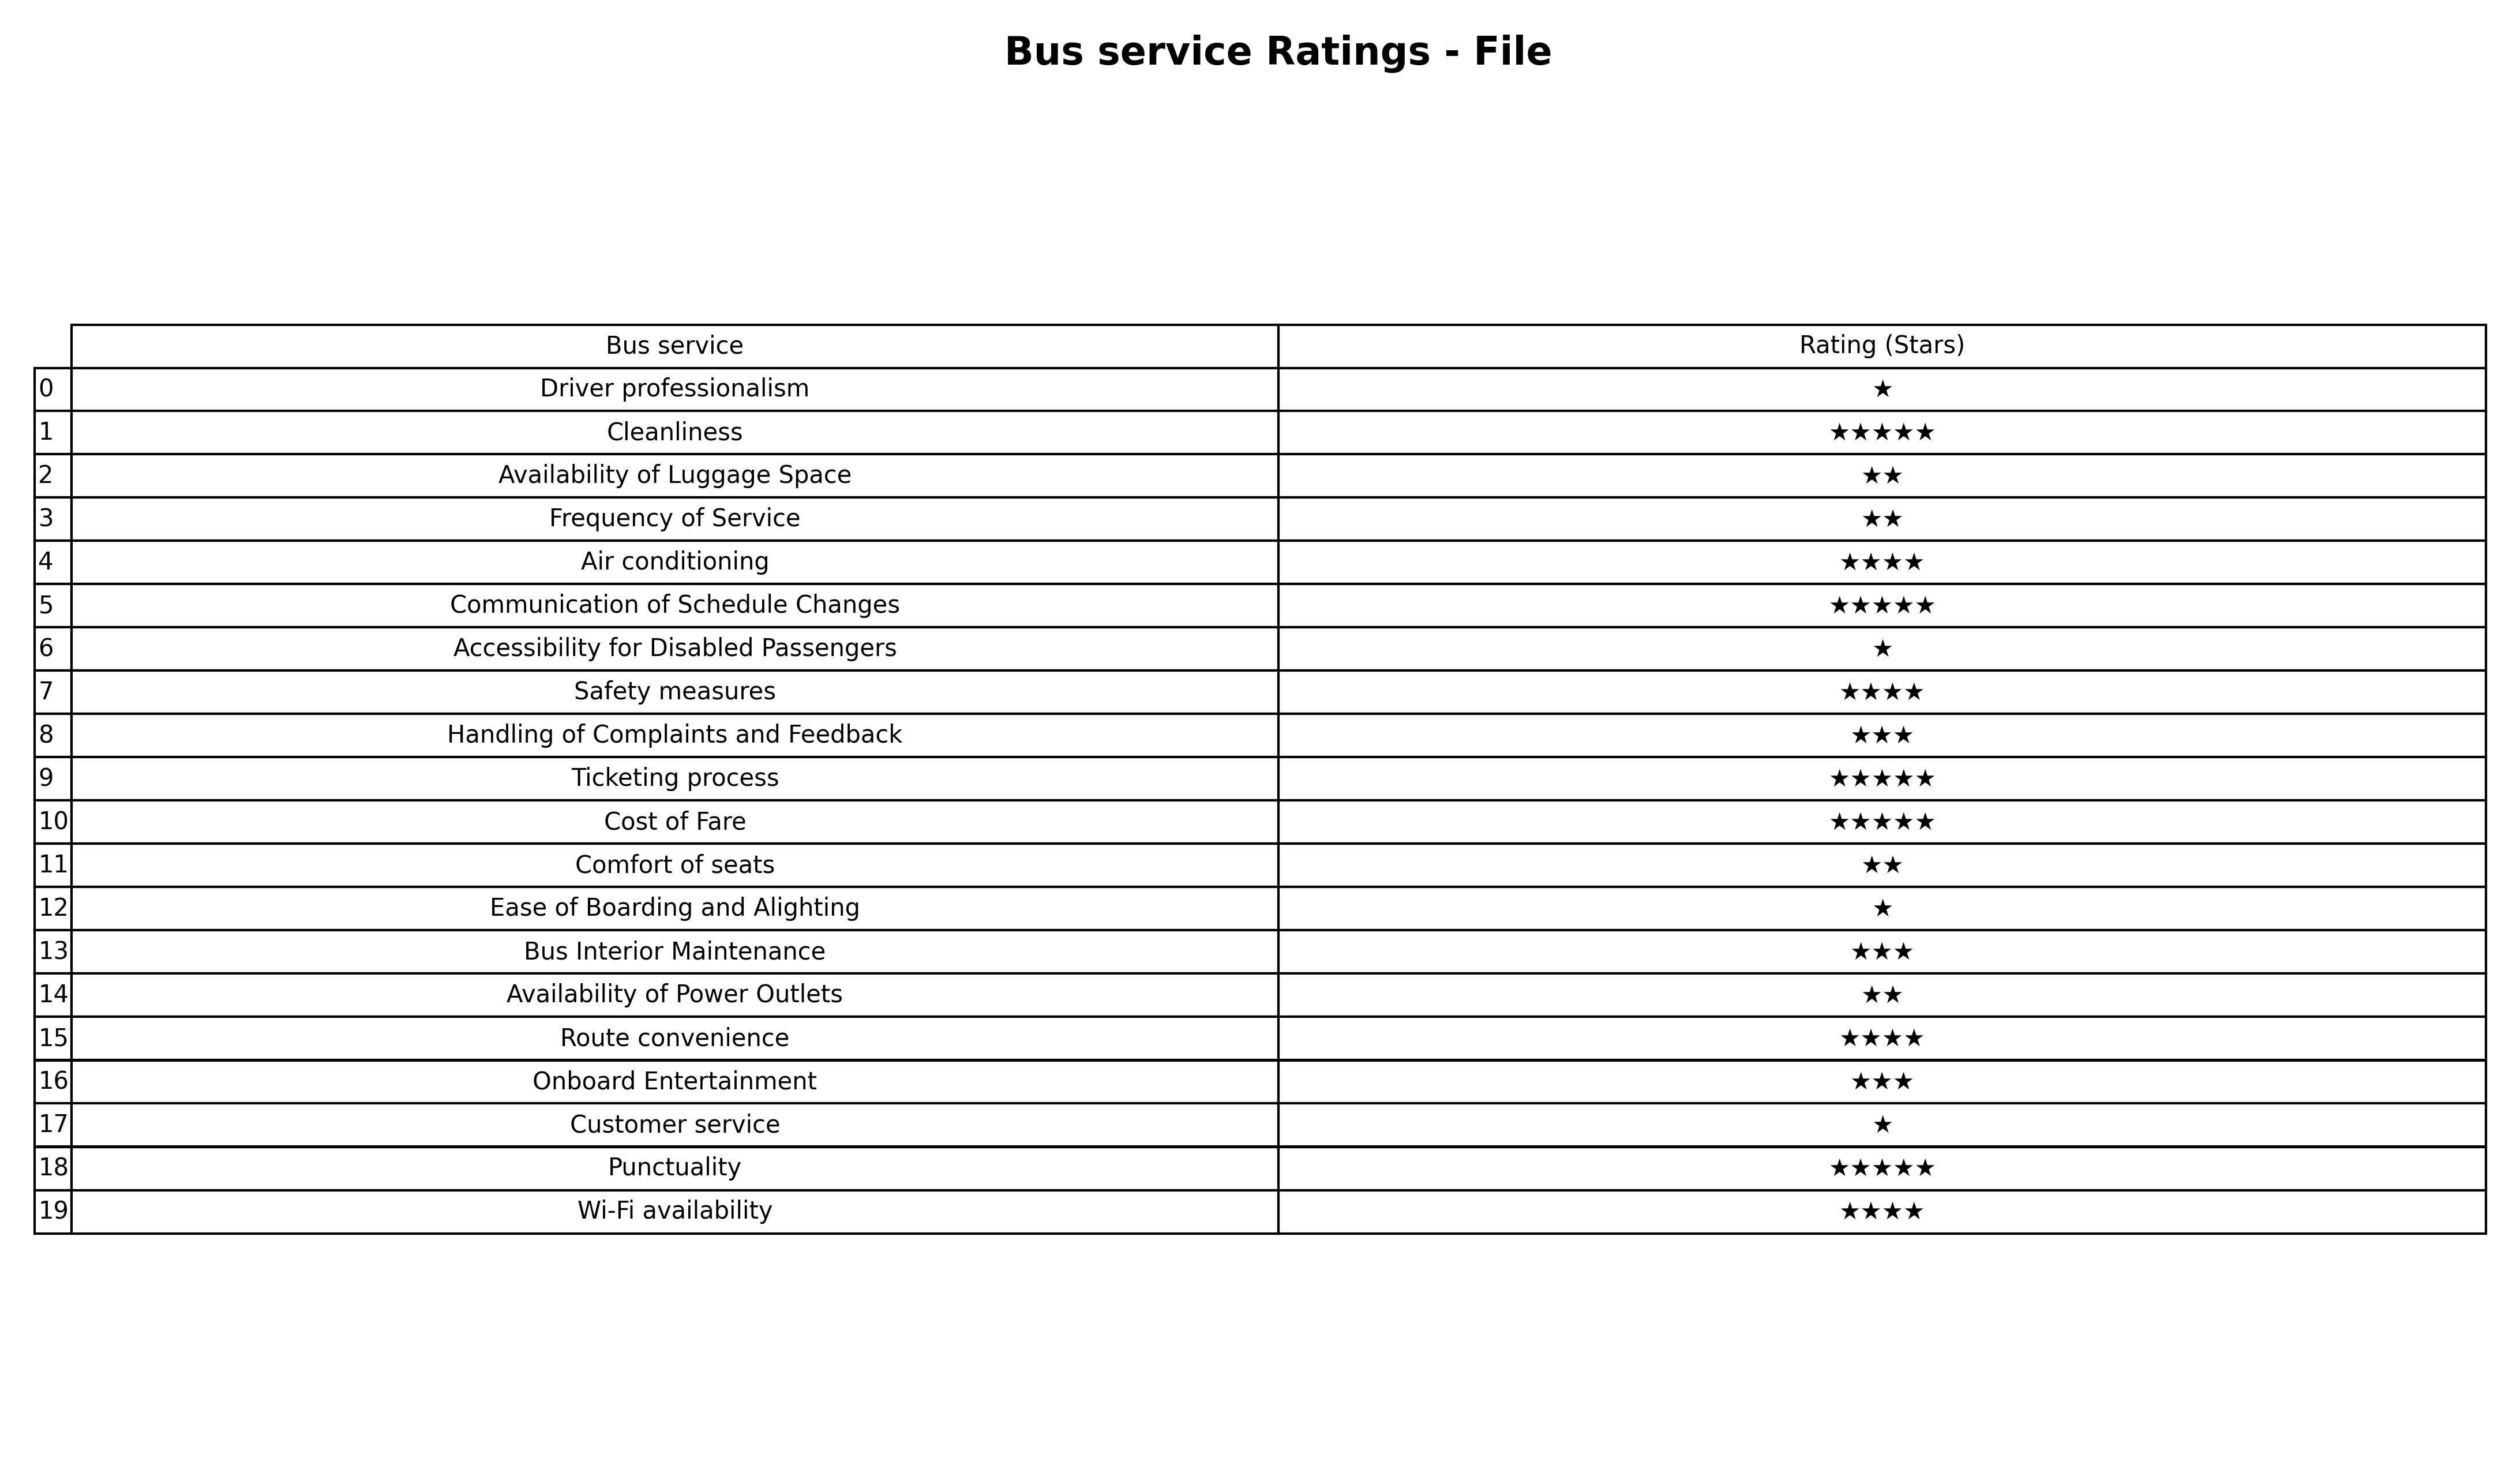
question: What is the rating of Communication of Schedule Changes?
answer: ★★★★★